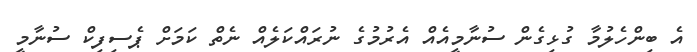
އެ ބިންހެލުމާ ގުޅިގެން ސުނާމީއެއް އެރުމުގެ ނުރައްކަލެއް ނެތް ކަމަށް ޕެސިފިކް ސުނާމީ